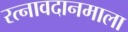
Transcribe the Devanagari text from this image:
रत्नावदानमाला